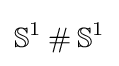
\mathbb {S} ^{1}\mathbin {\#} \mathbb {S} ^{1}